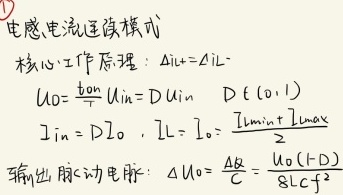
电感电流连续模式核心工作原理：
$\Delta i_{+}=\Delta i_{L-}$，$U_0 = \frac{t_{on}}{T} U_{in}=D U_{in}$ ，$D \in (0,1)$，$I_{in} = D I_{o}$ ，$I_{L}=I_{o}=\frac{I_{L\text{min}} + I_{L\text{max}}}{2}$。
输出脉动电动势：$\Delta U_{o}=\frac{\Delta i_{L}R}{C}=\frac{U_{o}(1 - D)}{8L_{f}C f^{2}}$